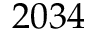
2 0 3 4